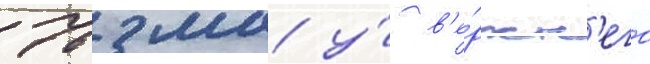
76 мм у́ в'е́рхн'его